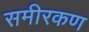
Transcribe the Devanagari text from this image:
समीरकण